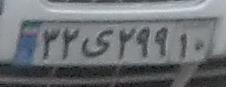
۳۲ی۲۹۹۱۰